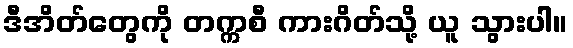
ဒီအိတ်တွေကို တက္ကစီ ကားဂိတ်သို့ ယူ သွားပါ။